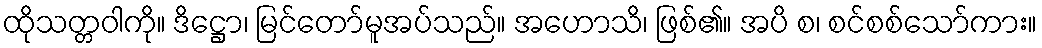
ထိုသတ္တဝါကို။ ဒိဋ္ဌော၊ မြင်တော်မူအပ်သည်။ အဟောသိ၊ ဖြစ်၏။ အပိ စ၊ စင်စစ်သော်ကား။